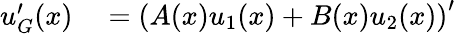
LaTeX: \begin{array}{rl}{u_{G}^{\prime}(x)}&{{}=\left(A(x)u_{1}(x)+B(x)u_{2}(x)\right)^{\prime}}\end{array}